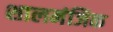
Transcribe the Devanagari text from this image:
शालमंजिक